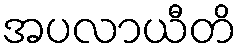
အပလာယီတိ